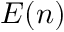
E ( n )